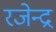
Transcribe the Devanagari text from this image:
रजेन्द्र